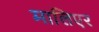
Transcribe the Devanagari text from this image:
मालिएर